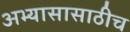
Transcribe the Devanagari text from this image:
अभ्यासासाठीच